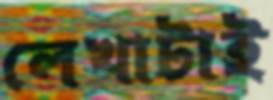
লেখাটাই